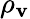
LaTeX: \rho_{\mathbf{v}}